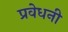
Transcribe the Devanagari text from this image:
प्रवेधनी